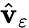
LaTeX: \hat{\mathbf v}_{\varepsilon}